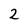
Character: 2